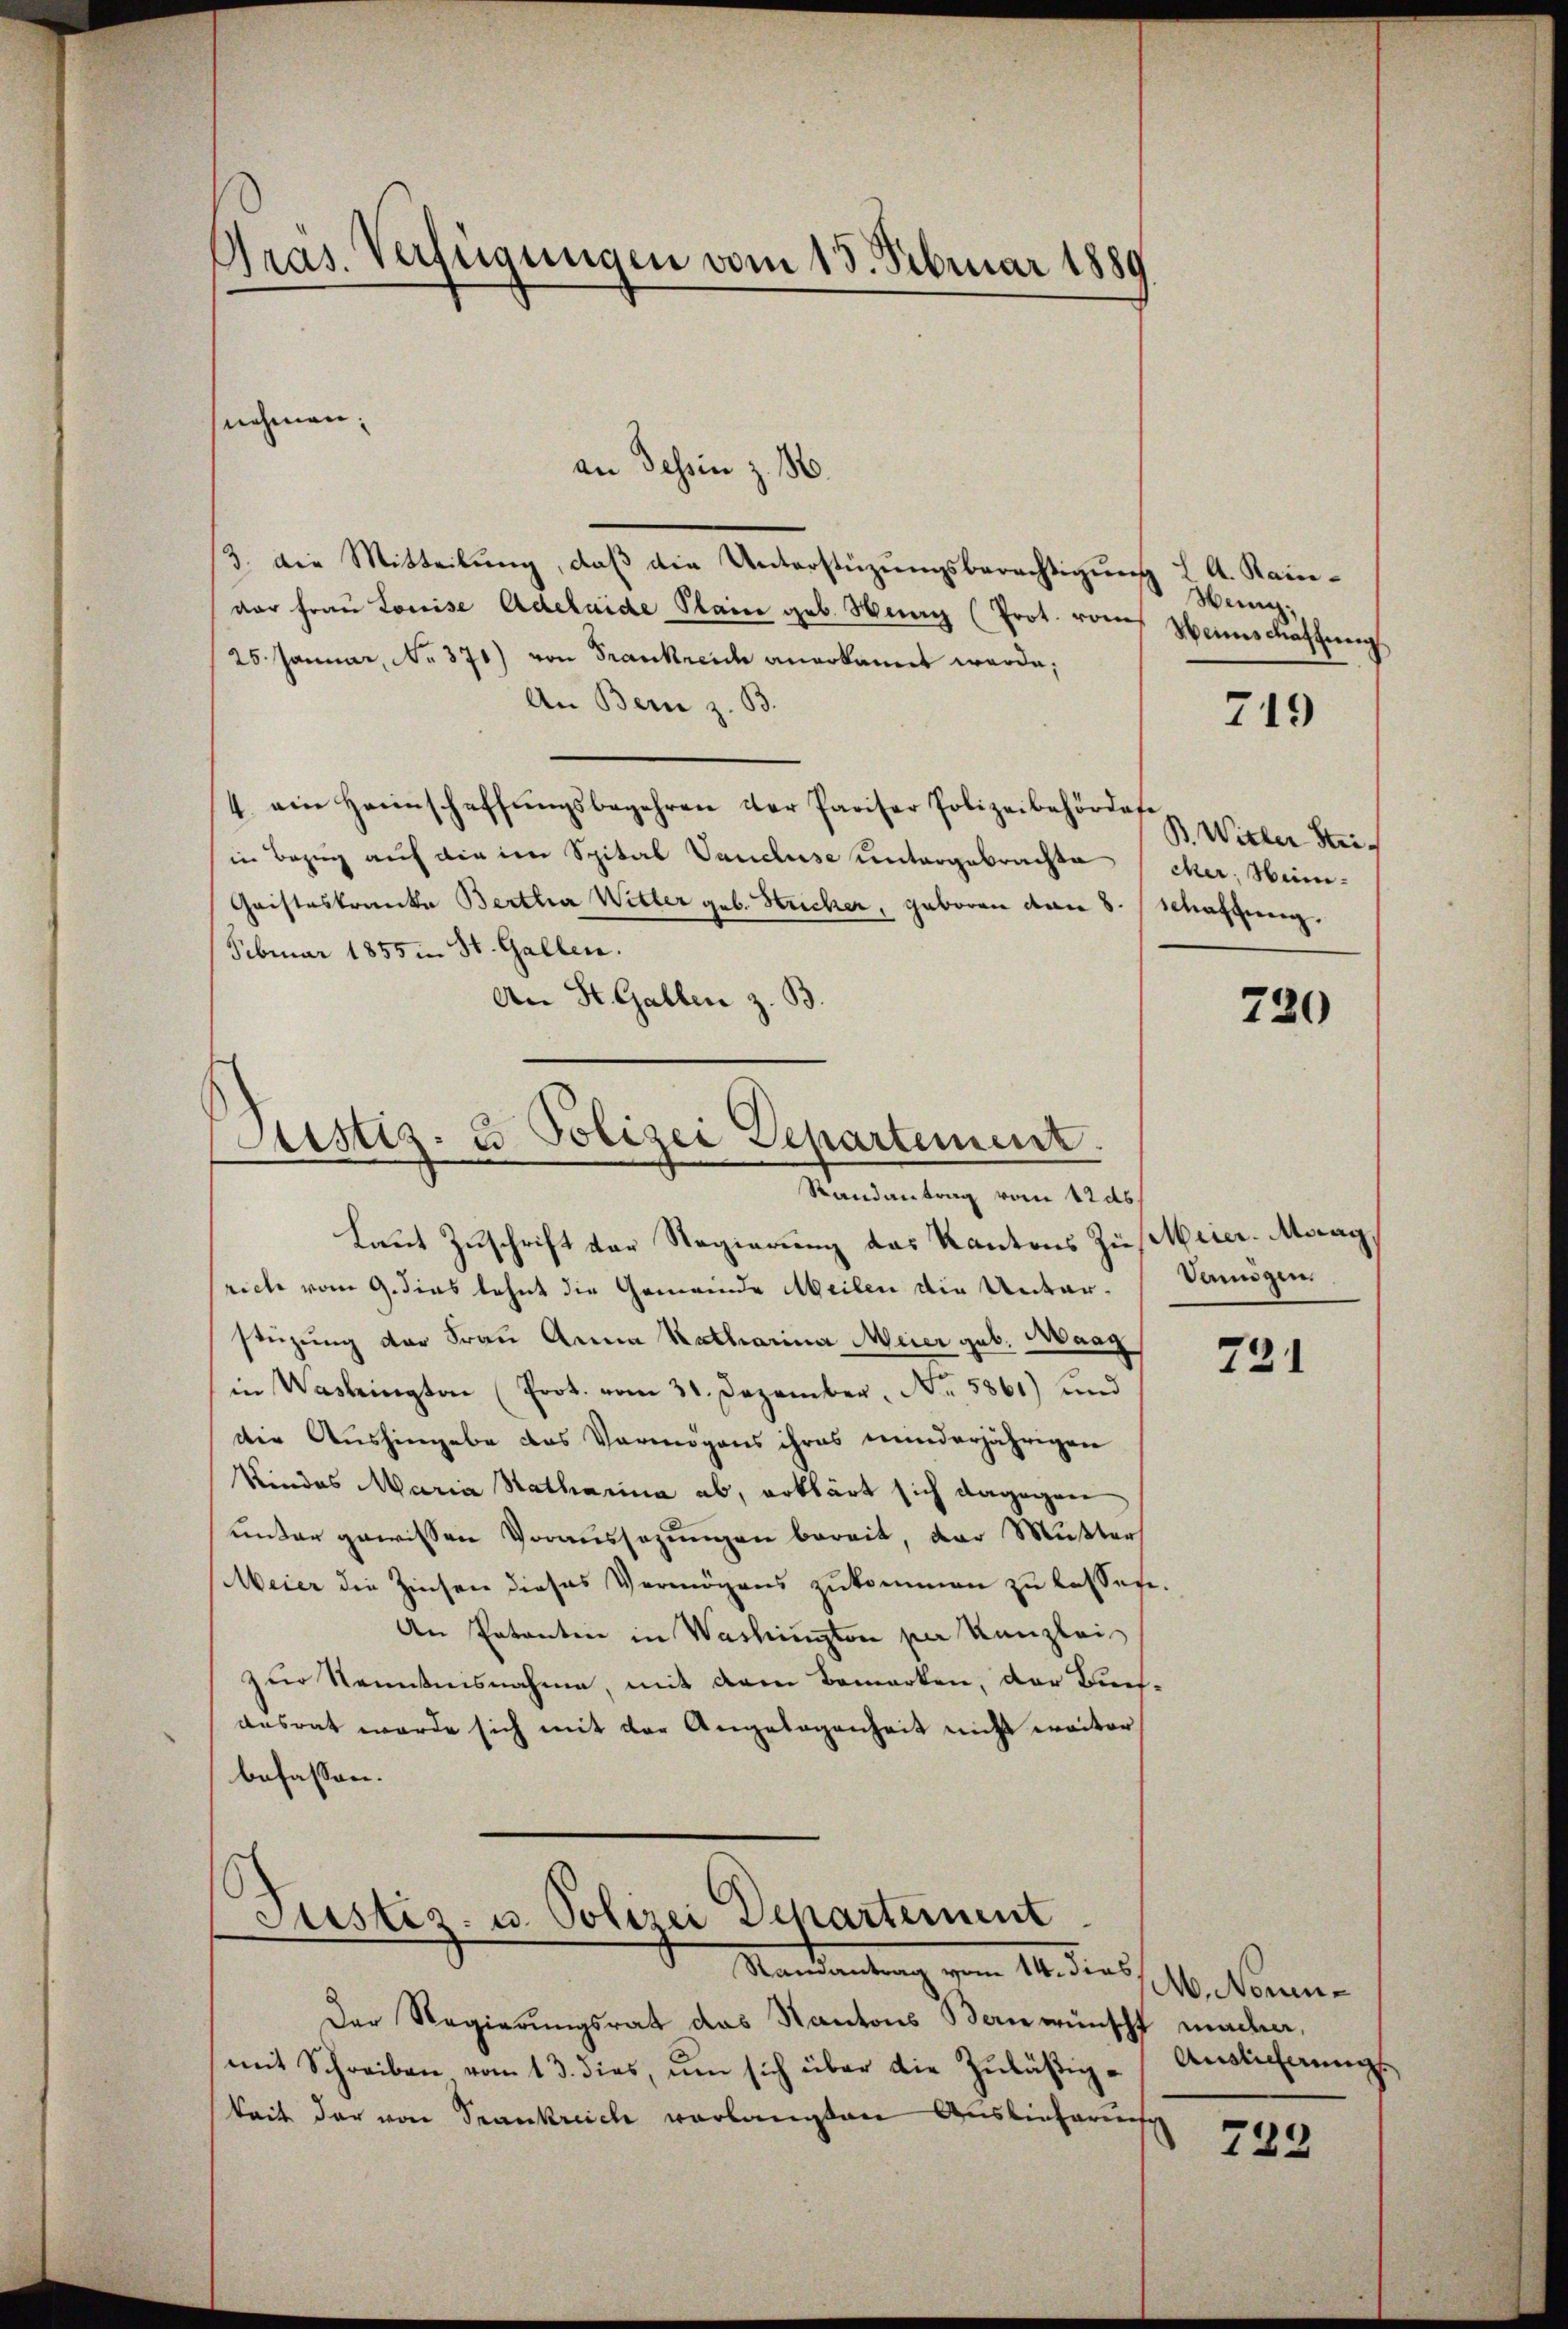
3. Die Mitteilung, daß die Unterstüzungsberechtigung L A. Raindar Fraŭ Louise Adelaide Plain geb. Hen (Prot. vom
25. Januar, No 371) von Frankreid anerkannt werde;
An Bern z. B.
4. ein Heimschaffŭngsbegehren der Pariser Polizeibehördere
in Bezug auf die im Spital Vancluse untergebrachte eher; Heim¬
Gristeskranke Bertha Witter geb. Stricher, geboren von 8. Margung.
Februar 1855 in St. Gallen.
An St. Gallen z. B.

Präs. Verfügungen vom 13. Februar 1889

nehmen;

an dessin z. B.

Justiz- & Polizei Departement.
Randantrag vom 12 ds.
Laut Zuschrift der Regierung das Kantons Zü¬

rich vom 9. dies lehnt die Gemeinde Meilen die Unterstüzung der Frau Anna Katharina Meier geb. Maag
in Washington (Prot. vom 31. Dezember, No 5861) und
die Aushingabe das Vermögens ihres minderjährigen
Kindes Maria Katharina ab, erklärt sich dagegen
unter gewissen Voraussezungen bereit, der Mutter
Meier die Zinsen dieses Vermögens zukommen zu lassen.
An Patenten in Washington per Kanzlei
zur Kenntnisnahme, mit dem Bemerken, der Buchausrat werde sich mit der Angelegenheit nicht weiter
befassen.

Justiz- u. Polizei Departement
Mandantung vom 14. diess. Ab. Kammen

Der Regierungsrat das Kantons Banwünscht machen,
mit Schreiben vom 13. dies, ŭm sich über die Zŭläβig-Anslicherŭngs
keit der von Trankreich verlangten Auslieferung

Heung;
Weinschaftung

749

B. Witter Stri¬

720

Meier. Maag
dangen.

731

722